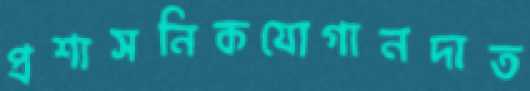
প্রশাসনিকযোগানদাত